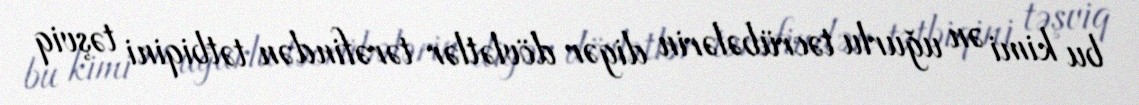
bu kimi ən uğurlu təcrübələrin digər dövlətlər tərəfindən tətbiqini təşviq